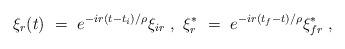
LaTeX: \begin{align*}\xi_r(t)\ =\ e^{-ir(t-t_i)/\rho} \xi_{ir}\ ,\ \xi^*_r\ =\ e^{-ir(t_f-t)/\rho}\xi^*_{fr}\ ,\end{align*}